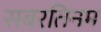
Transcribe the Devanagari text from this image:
सबरतिनम